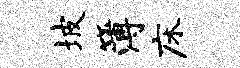
坡簿床